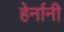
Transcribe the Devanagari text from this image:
हेर्नानी